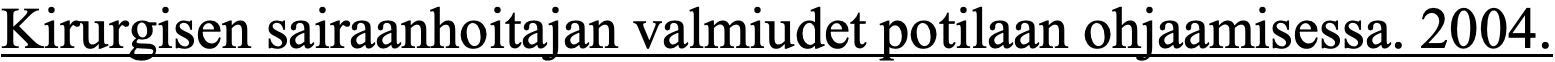
Kirurgisen sairaanhoitajan valmiudet potilaan ohjaamisessa. 2004.